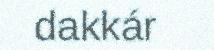
dakkár